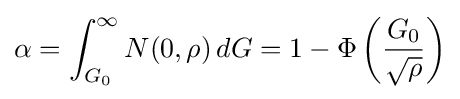
\alpha =\int _{G_{0}}^{\infty }N(0,\rho )\,dG=1-\Phi \left({\frac {G_{0}}{\sqrt {\rho }}}\right)